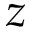
z